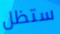
ستظل